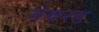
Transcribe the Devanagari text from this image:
नेचरड